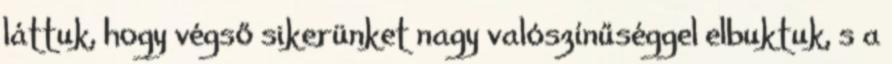
láttuk, hogy végső sikerünket nagy valószínűséggel elbuktuk, s a